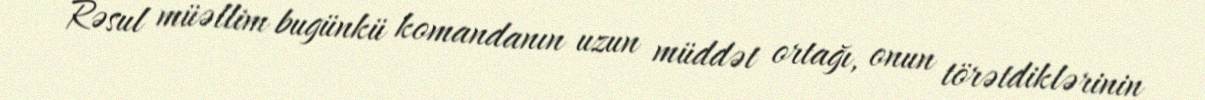
Rəsul müəllim bugünkü komandanın uzun müddət ortağı, onun törətdiklərinin